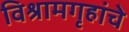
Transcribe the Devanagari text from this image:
विश्रामगृहांचे